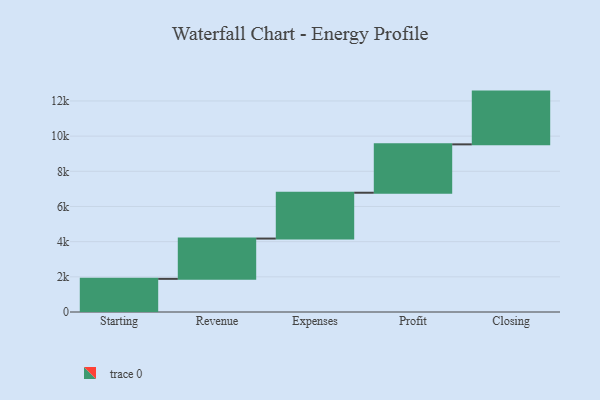
{"axis": {"x": "Step", "y": "Value"}, "legend": [""], "data": [{"x": "Starting", "y": 1885.0, "type": ""}, {"x": "Revenue", "y": 2291.0, "type": ""}, {"x": "Expenses", "y": 2606.0, "type": ""}, {"x": "Profit", "y": 2750.0, "type": ""}, {"x": "Closing", "y": 3000, "type": ""}]}